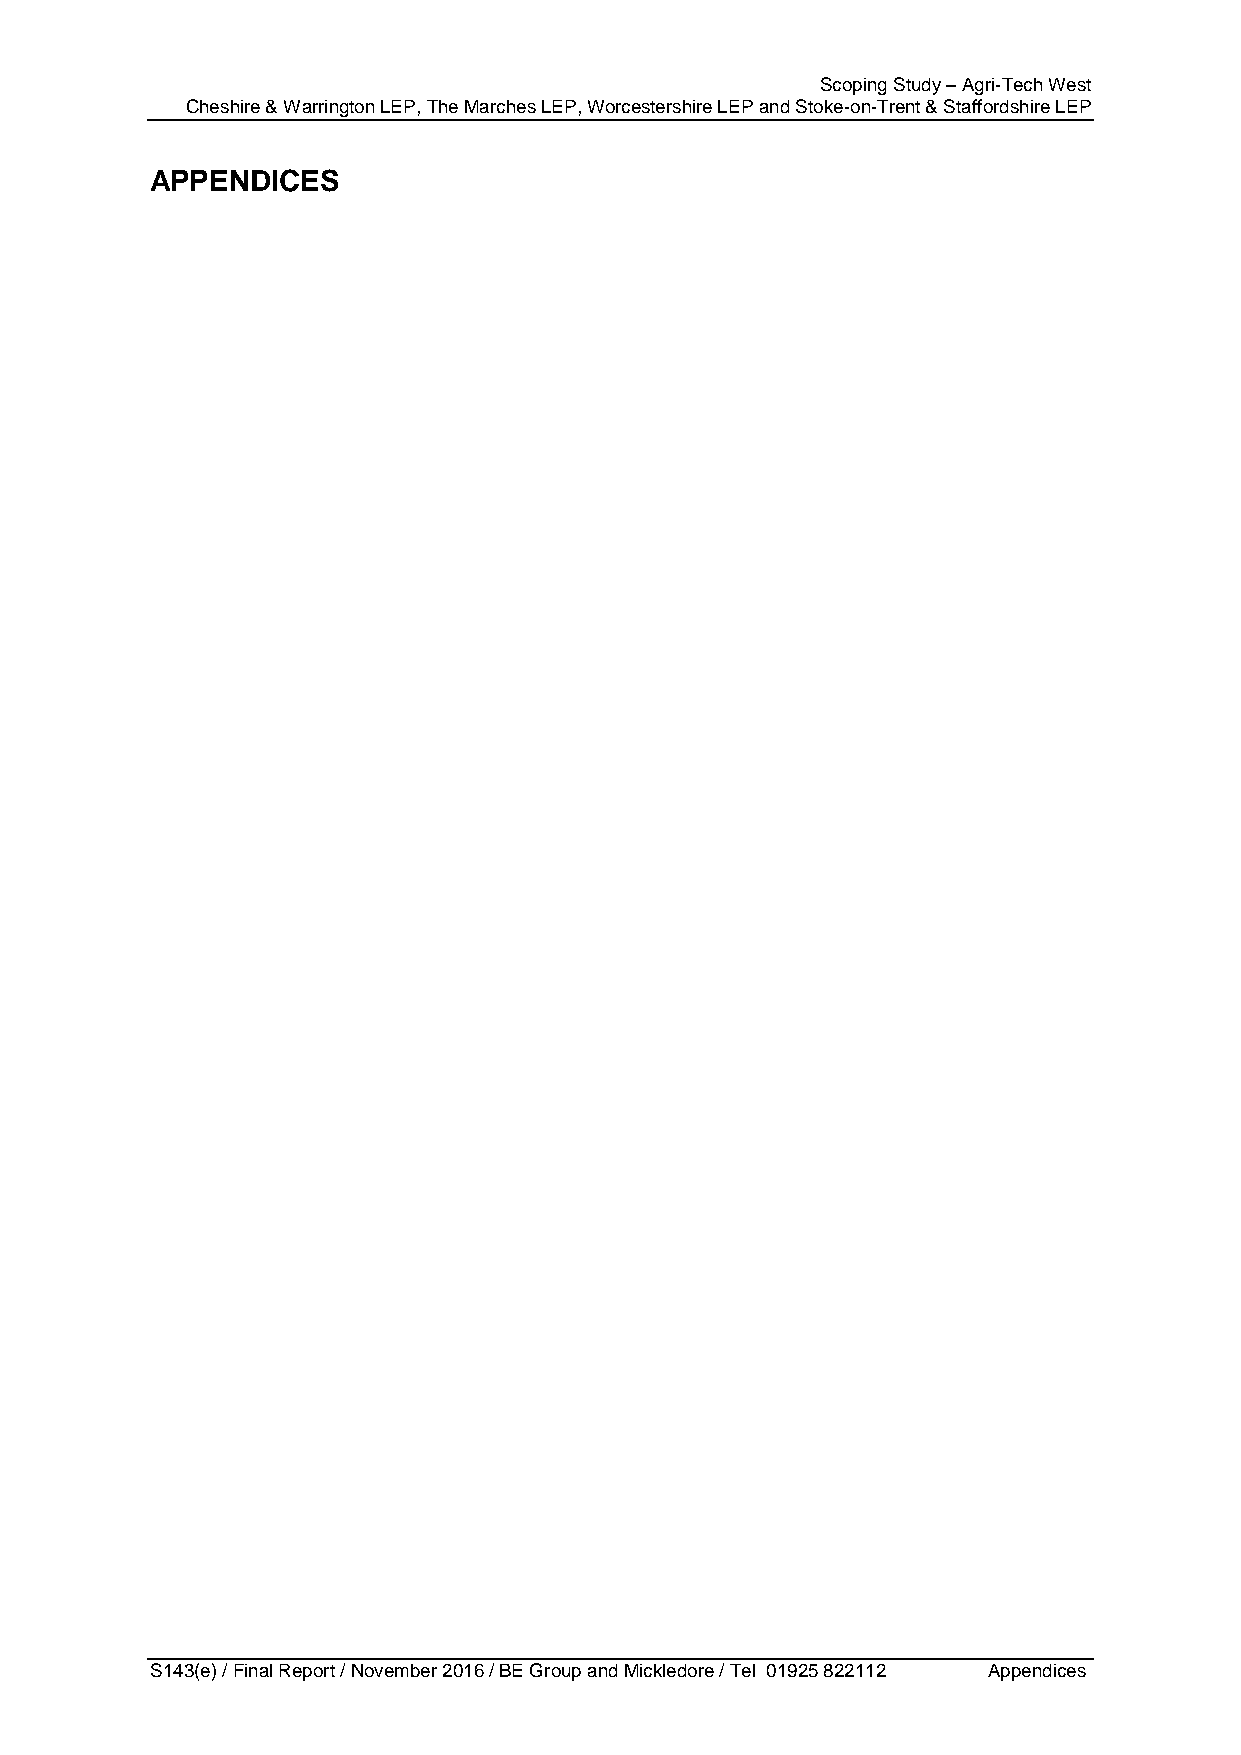
Scoping Study – Agri-Tech West
 Cheshire & Warrington LEP, The Marches LEP, Worcestershire LEP and Stoke-on-Trent & Staffordshire LEP
 APPENDICES
 S143(e) / Final Report / November 2016 / BE Group and Mickledore / Tel 01925 822112 Appendices